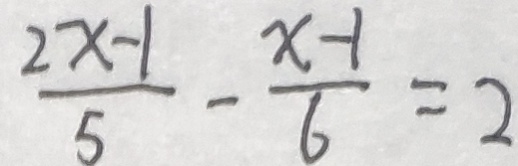
\frac { 2 x - 1 } { 5 } - \frac { x - 1 } { 6 } = 2